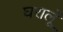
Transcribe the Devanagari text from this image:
घरालूँ